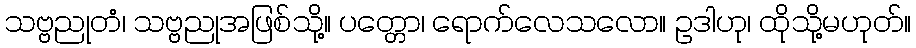
သဗ္ဗညုတံ၊ သဗ္ဗညုအဖြစ်သို့။ ပတ္တော၊ ရောက်လေသလော။ ဥဒါဟု၊ ထိုသို့မဟုတ်။